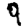
Digit: 9